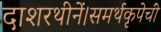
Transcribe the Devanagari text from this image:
दाशरथीनें।समर्थकृपेचीं